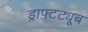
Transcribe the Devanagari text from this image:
ड्राफ़्टट्यूब